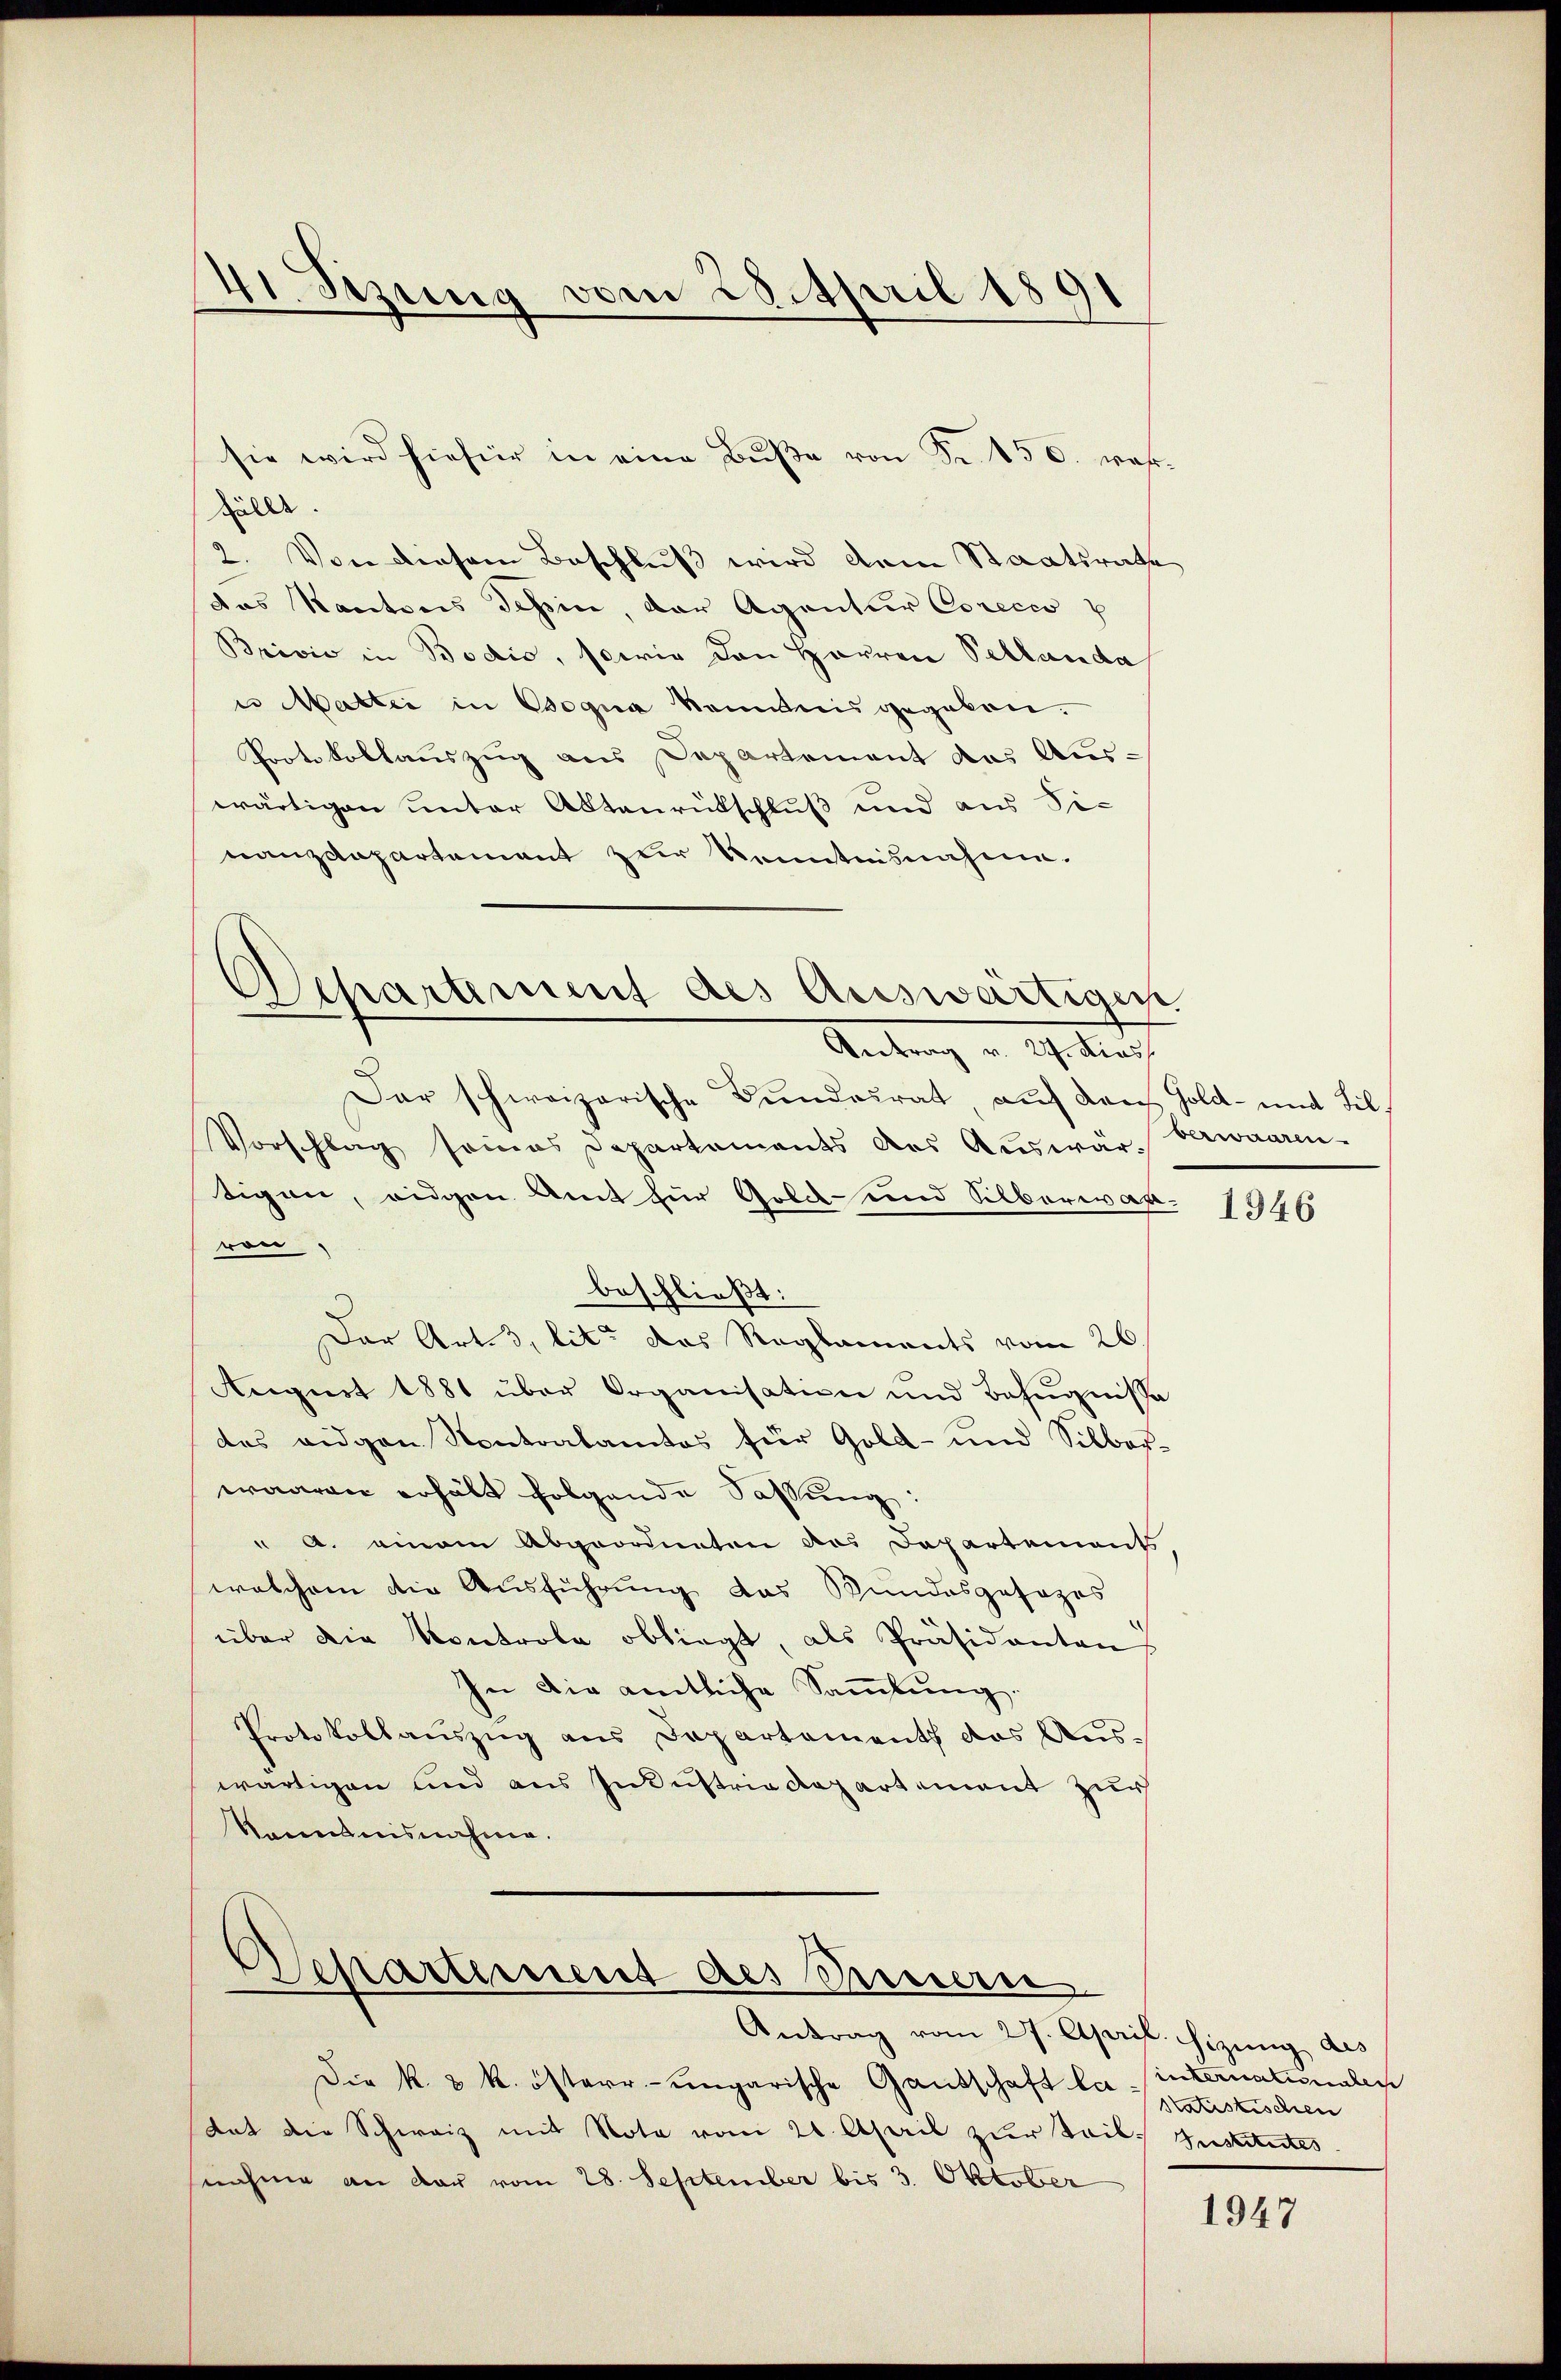
41. Setzung vom 28. April 189

fällt.
2. Von diesem Beschluß wird dem Staatsrath
das Kantons Schin, der Agentur Corecio p
Brivić in Bodio, sowie den Herren Pellanda
in Malter in Bogna konntens gegeben.
Protokollauszug aus Departement das Auswärtigen unter Aktenrütschluß und aus Sinanzdepartement zur Kenntnisnahme.
Dar schweizerische Bundesrat, auf den Gold- und Sil¬
Vorschlag seines Departements des Auswärtigen, eidgen. Amt für Golck- und Silberwar
von,
beschließt:
Der Art. 3, lit. das Reglements vom 26.
August 1881 über Organisation und Befugnisse
des eidgen Kontralamtes für Gold- und Silber
waaren erhält folgende Fassung:
" A. einem Abgeordneten des Departement
welchem die Ausführung das Bundesgesezes
über die Kontrole obliegt, als Präsidantons
In die amtliche Sammlung.
Protokollauszug aus Departement das Aus-
wärtigen und aus Industria Repartement zur
Kenntnisnahme.

sie wird hiefür in eine Bŭβe von Fr. 450. ras

Departement des Auswärtiger
Antrag v. 27. Diess

Aschartement des Einen

Antrag vom 27. April. sizung des
Die k. k. österr.-ungarische Gantschaft la sinternationalen
tat die Schweiz mit Note vom 21. April zur Seil. Institutes
seinhing an dar vom 28. September bis 3. Oktober

berwaaren.

1946

Statistischen

1947